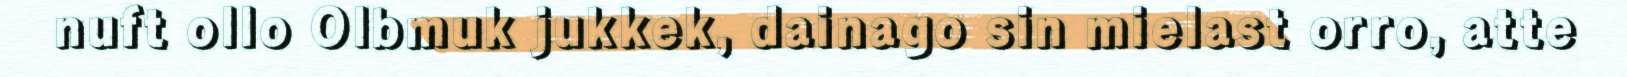
nuft ollo Olbmuk jukkek, dainago sin mielast orro, atte